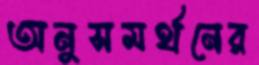
অনুসমর্থনের